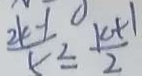
\frac { 2 k + 1 } { 5 } \leq \frac { k + 1 } { 2 }